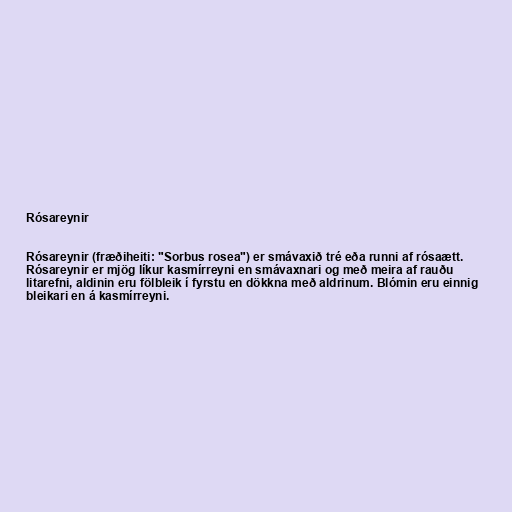
Rósareynir

Rósareynir (fræðiheiti: "Sorbus rosea") er smávaxið tré eða runni af rósaætt.
Rósareynir er mjög líkur kasmírreyni en smávaxnari og með meira af rauðu
litarefni, aldinin eru fölbleik í fyrstu en dökkna með aldrinum. Blómin eru einnig
bleikari en á kasmírreyni.